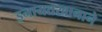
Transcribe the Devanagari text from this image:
इनायतखानाने